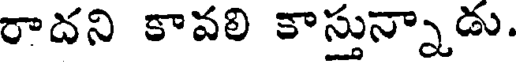
రాదని కావలి కాస్తున్నాడు.